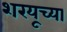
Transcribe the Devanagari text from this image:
शरयूच्या